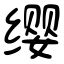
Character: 缨